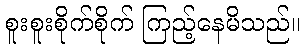
စူးစူးစိုက်စိုက် ကြည့်နေမိသည်။